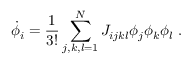
\dot { \phi } _ { i } = \frac { 1 } { 3 ! } \sum _ { j , k , l = 1 } ^ { N } J _ { i j k l } \phi _ { j } \phi _ { k } \phi _ { l } ~ .